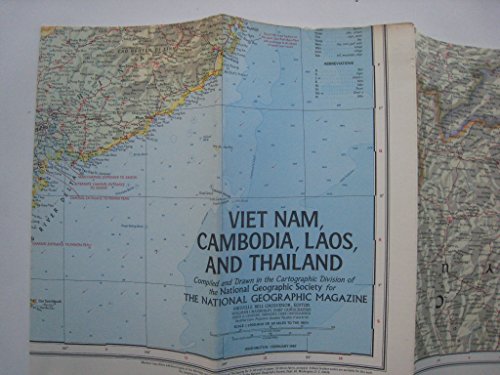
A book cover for National Geographic Map - Viet Nam, Cambodia, Laos and Thailand - February 1967 (MAP ONLY); NGS Cartographic Staff; Travel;